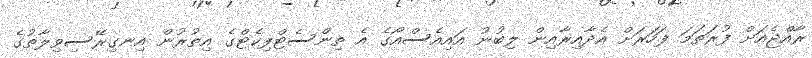
ރާއްޖެއަށް ފުރަތަމަ ފަހަރަށް އެދާއިރާއިން ލިބުނު އައިއެސްއޯގެ އެ ތިންސެޓްފިކެޓްގެ އިތުރުން އިނގިރޭސިވިލާތުގެ